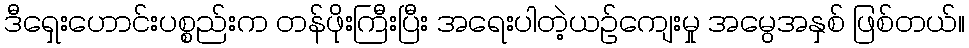
ဒီရှေးဟောင်းပစ္စည်းက တန်ဖိုးကြီးပြီး အရေးပါတဲ့ယဉ်ကျေးမှု အမွေအနှစ် ဖြစ်တယ်။